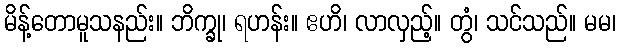
မိန့်တောမူသနည်း။ ဘိက္ခု၊ ရဟန်း။ ဧဟိ၊ လာလှည့်။ တွံ၊ သင်သည်။ မမ၊